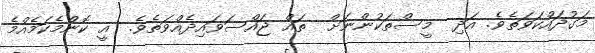
މަގުދައްކަވަތެވެ. އަދި  މީސްތަކުންނަށް  ތައް ޖައްސަވައިދެއްވަތެވެ.  އީ ކޮންމެކަމެއްމެ